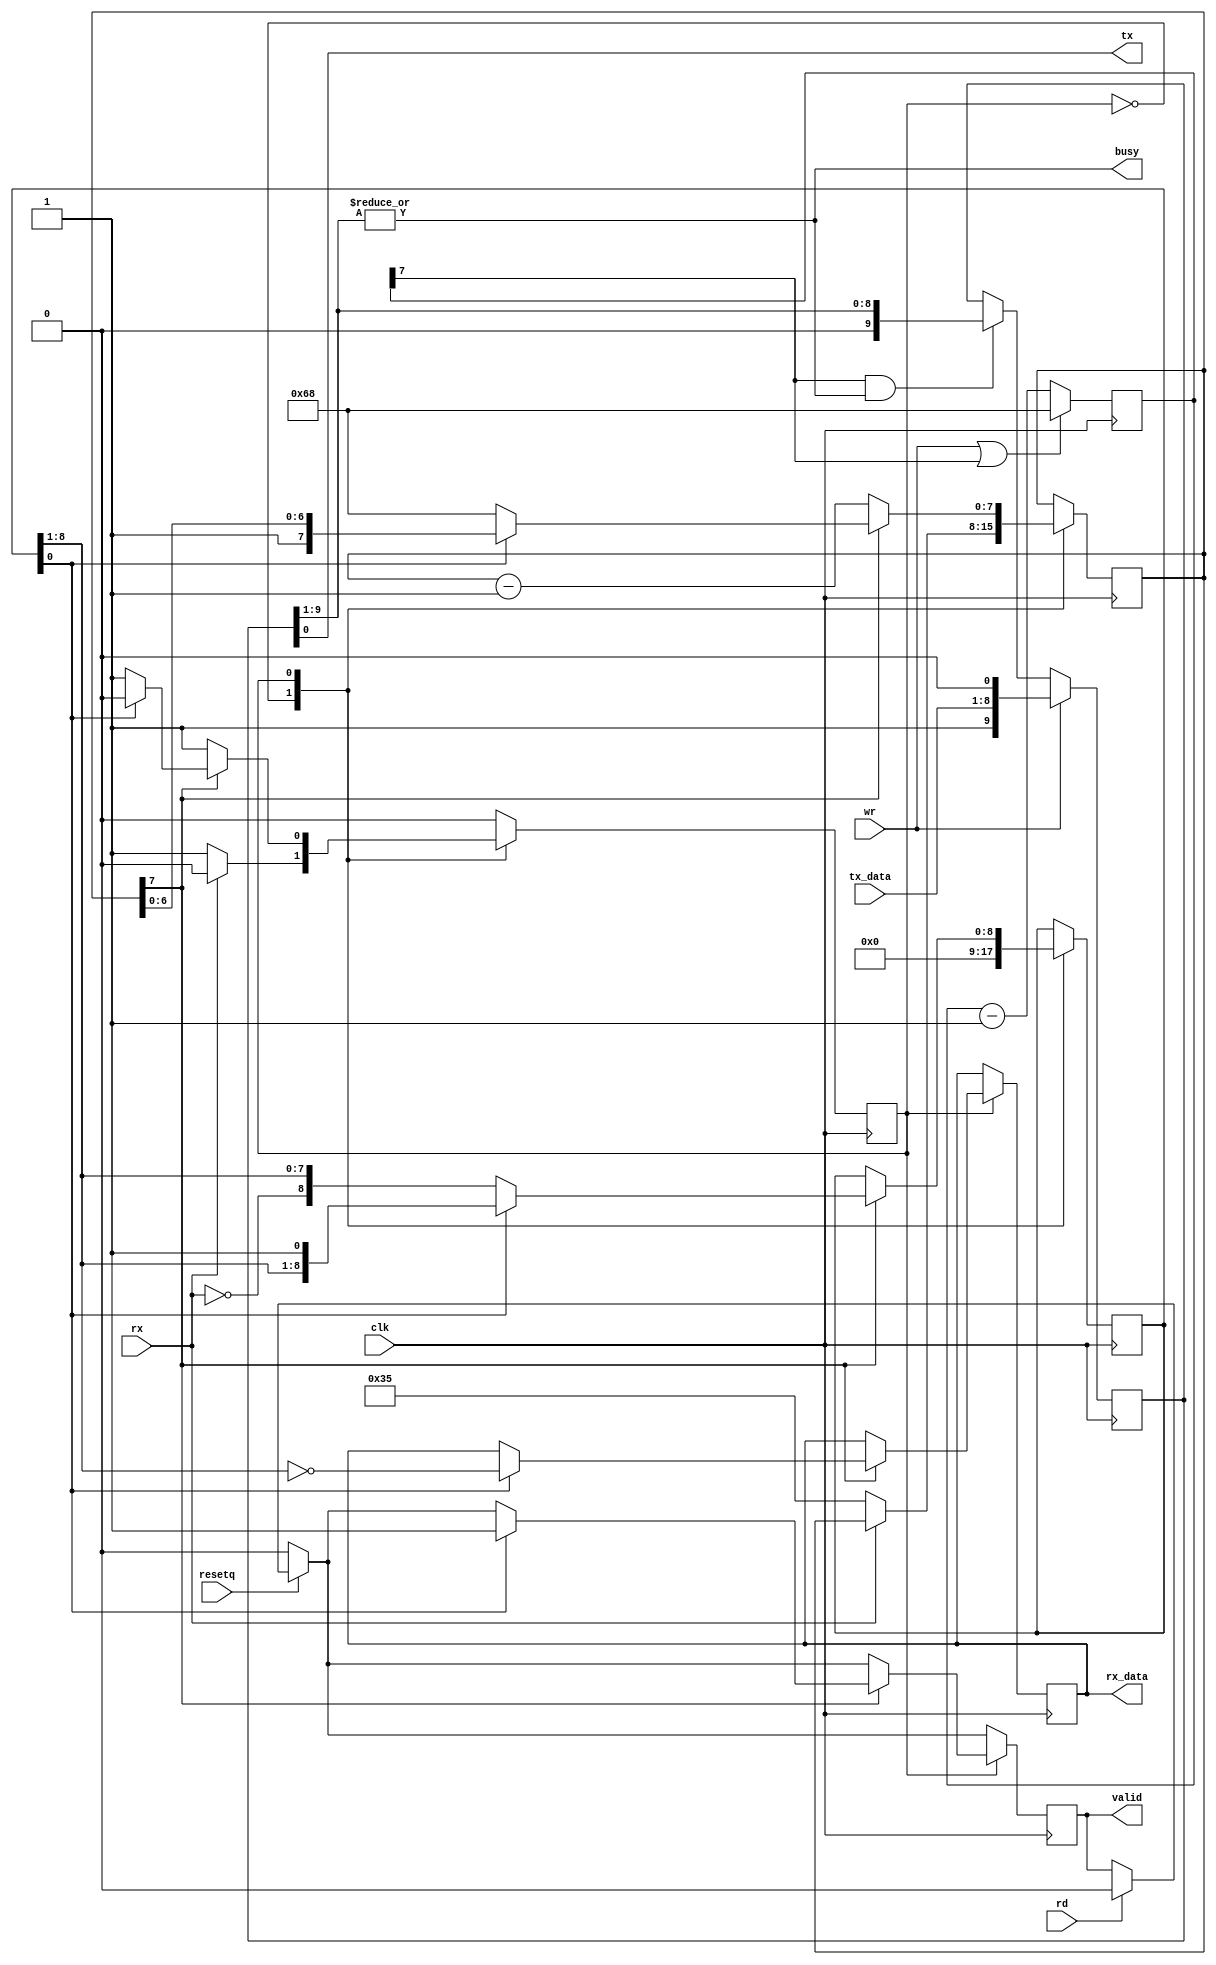
module buart #(
  parameter FREQ_MHZ = 12,
  parameter BAUDS    = 115200
) (
    input clk,
    input resetq,

    output tx,
    input  rx,

    input  wr,
    input  rd,
    input  [7:0] tx_data,
    output [7:0] rx_data,

    output busy,
    output valid
);

   /************** Baud frequency constants ******************/

    parameter divider = FREQ_MHZ * 1000000 / BAUDS;
    parameter divwidth = $clog2(divider);

    parameter baud_init = divider;
    parameter half_baud_init = divider/2+1;

   /************* Receiver ***********************************/

    // Trick from Olof Kindgren: use n+1 bit and decrement instead of
    // incrementing, and test the sign bit.

    reg [divwidth:0] recv_divcnt;
    wire recv_baud_clk = recv_divcnt[divwidth];

    reg recv_state;
    reg [8:0] recv_pattern;
    reg [7:0] recv_buf_data;
    reg recv_buf_valid;

    assign rx_data = recv_buf_data;
    assign valid = recv_buf_valid;


    always @(posedge clk) begin

       if (rd) recv_buf_valid <= 0;
 
       if (!resetq) recv_buf_valid <= 0;

       case (recv_state)

         0: begin
               if (!rx) begin
                 recv_state <= 1;
		 /* verilator lint_off WIDTH */
                 recv_divcnt <= half_baud_init;
		 /* verilator lint_on WIDTH */
               end
               recv_pattern <= 0;
            end

         1: begin
               if (recv_baud_clk) begin

                 // Inverted start bit shifted through the whole register 
		 // The idea is to use the start bit as marker 
		 // for "reception complete", 
		 // but as initialising registers to 10'b1_11111111_1 
		 // is more costly than using zero, 
		 // it is done with inverted logic. 
                 if (recv_pattern[0]) begin
                   recv_buf_data  <= ~recv_pattern[8:1];
                   recv_buf_valid <= 1;
                   recv_state <= 0;
                 end else begin
                   recv_pattern <= {~rx, recv_pattern[8:1]};
		   /* verilator lint_off WIDTH */		    
                   recv_divcnt <= baud_init;
		   /* verilator lint_on WIDTH */
                 end
               end else recv_divcnt <= recv_divcnt - 1;
            end

       endcase
    end

   /************* Transmitter ******************************/

    reg [divwidth:0] send_divcnt;
    wire send_baud_clk  = send_divcnt[divwidth];

    reg [9:0] send_pattern = 1;
    assign tx = send_pattern[0];
    assign busy = |send_pattern[9:1];

    // The transmitter shifts until the stop bit is on the wire, 
    // and stops shifting then.
    always @(posedge clk) begin
       if (wr) send_pattern <= {1'b1, tx_data[7:0], 1'b0};
       else if (send_baud_clk & busy) send_pattern <= send_pattern >> 1;
       /* verilator lint_off WIDTH */		    
       if (wr | send_baud_clk) send_divcnt <= baud_init;
                          else send_divcnt <= send_divcnt - 1;
       /* verilator lint_on WIDTH */		           
    end

endmodule